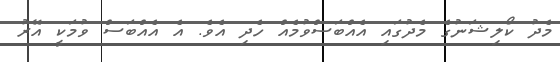
މެދު ކޯލިޝަނުގެ މެދުގައި އެއްބަސްވުމެއް ހެދި އެވެ. އެ އެއްބަސް ވުމަކީ އޭރު